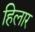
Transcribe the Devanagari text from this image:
हिलार